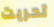
تحريت